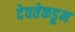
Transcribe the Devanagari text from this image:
देवतेकडून